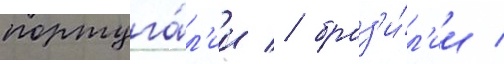
португа́л'ии / браз'и́л'ии /